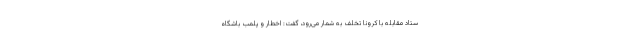
ستاد مقابله با کرونا تخلف به شمار می‌رود، گفت: اخطار و پلمب باشگاه